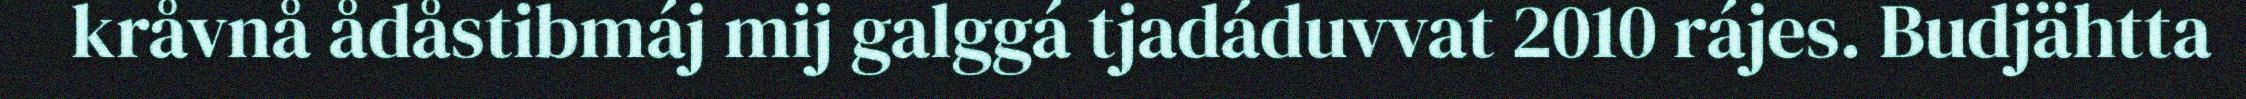
kråvnå ådåstibmáj mij galggá tjadáduvvat 2010 rájes. Budjähtta